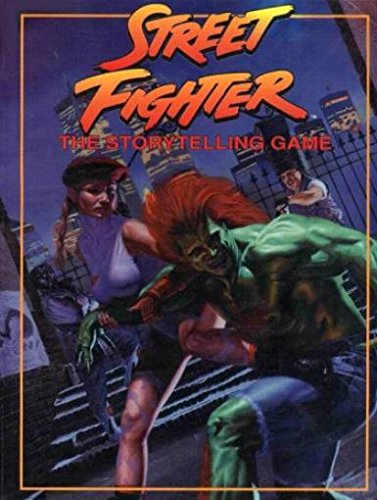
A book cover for Street Fighter: The Storytelling Game (StreetFighter); Phil Brucato; Science Fiction & Fantasy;